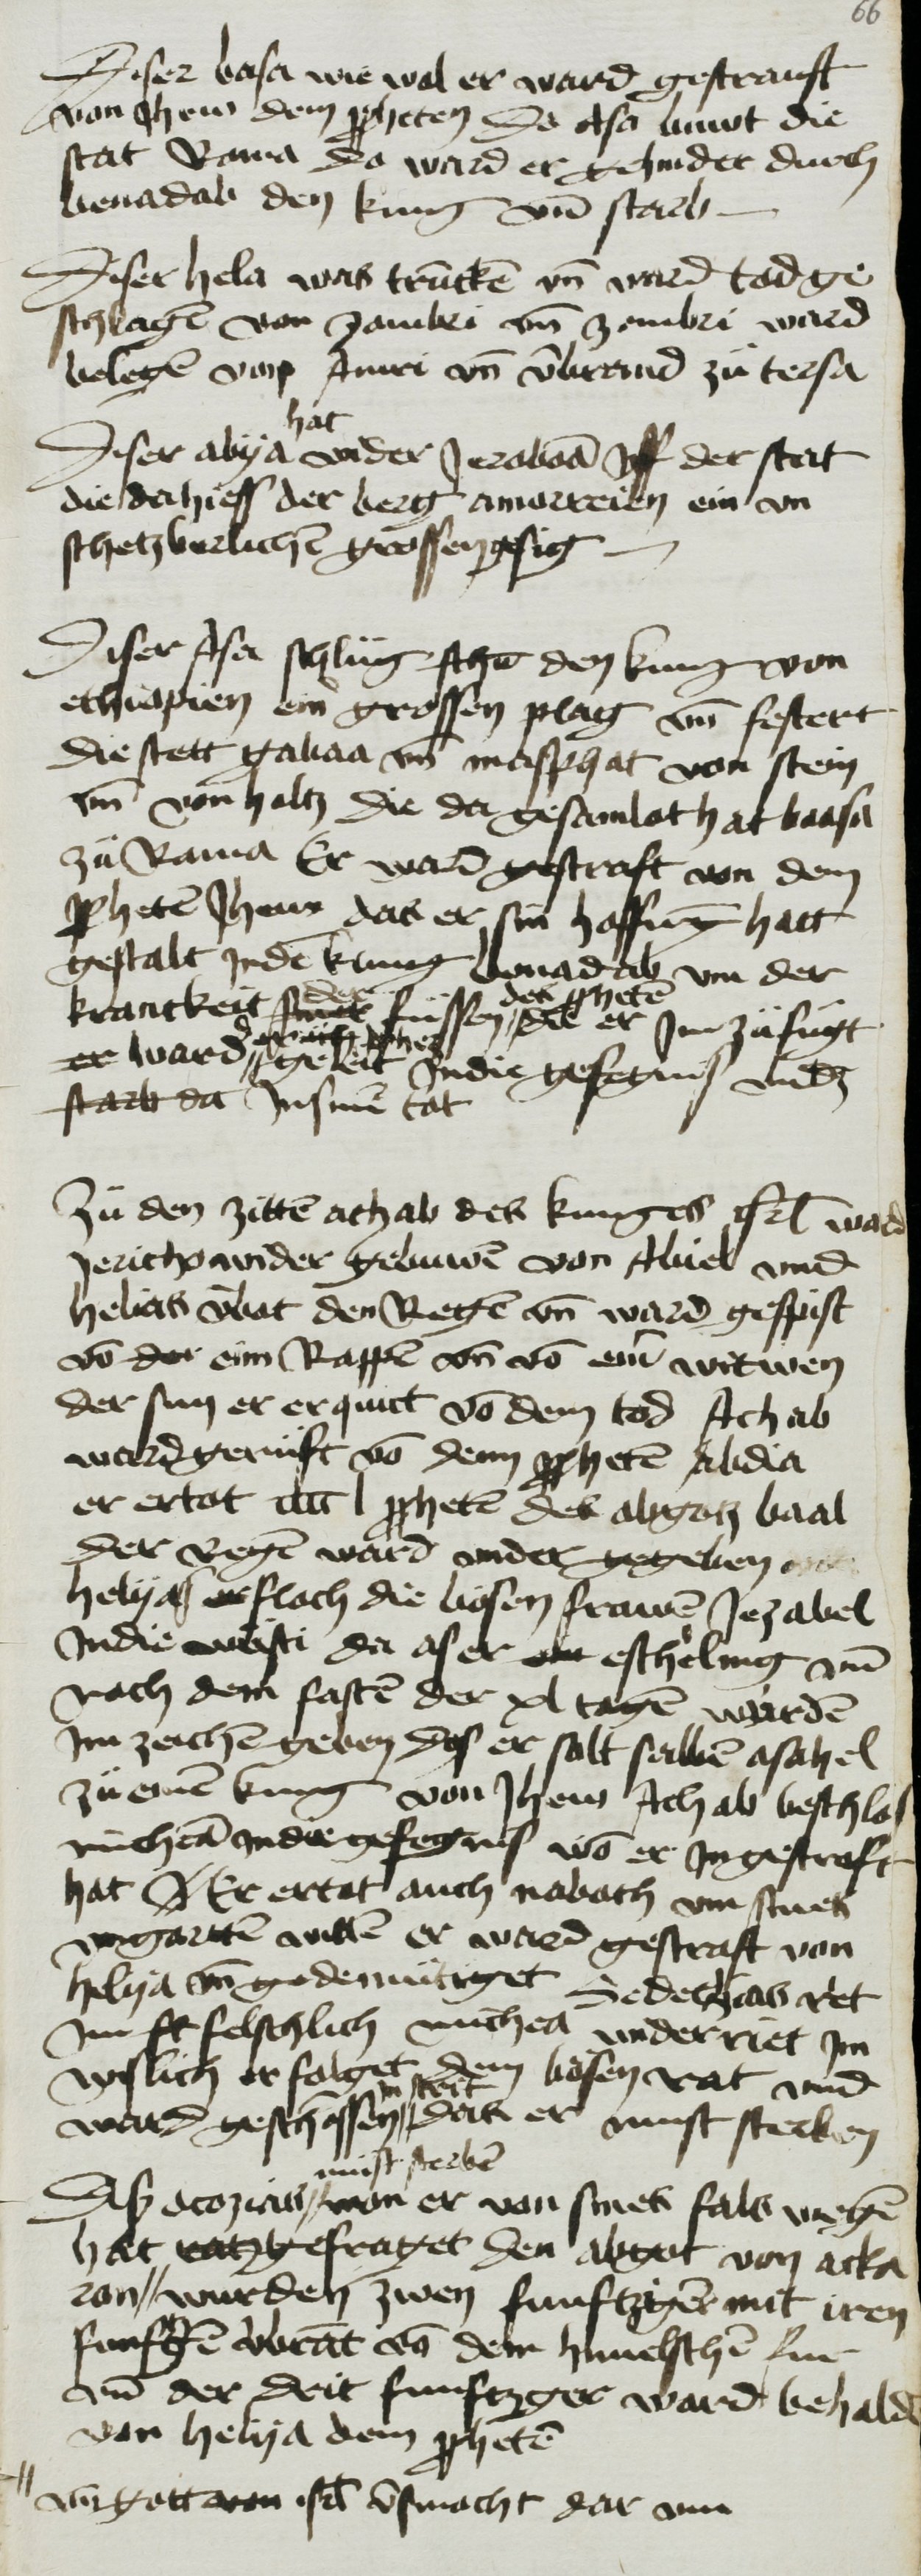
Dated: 1400–1499